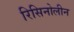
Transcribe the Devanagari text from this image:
रिसिनोलीन